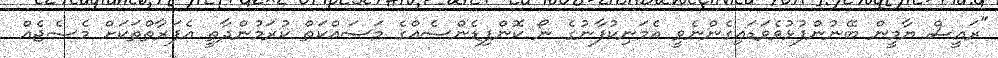
"ރައީސް ޔާމީން ބޭނުންފުޅުވެވަޑައިގެންނެވީ އެމަނިކުފާނުގެ ނޯ ކޮންފިޑެންސެއްގެ މަސައްކަތް ކުރަމުންދާތީ އެފަރާތްތަކަށް މެސެޖެއް